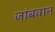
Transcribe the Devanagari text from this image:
जांबवान